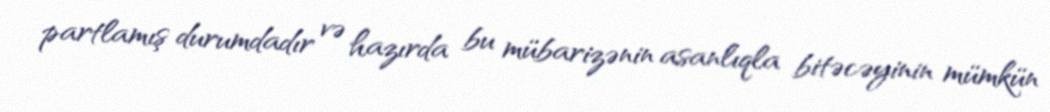
partlamış durumdadır və hazırda bu mübarizənin asanlıqla bitəcəyinin mümkün